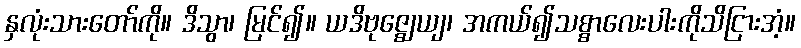
နှလုံးသားတော်ကို။ ဒိသွာ၊ မြင်၍။ ယဒိဗုဇ္ဈေယျ၊ အကယ်၍သစ္စာလေးပါးကိုသိငြားအံ့။